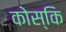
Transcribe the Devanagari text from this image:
कोस्कि